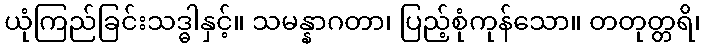
ယုံကြည်ခြင်းသဒ္ဓါနှင့်။ သမန္နာဂတာ၊ ပြည့်စုံကုန်သော။ တတုတ္တရိ၊